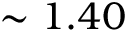
\sim 1 . 4 0